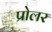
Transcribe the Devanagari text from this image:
प्रोलर